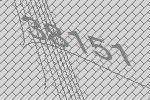
38151